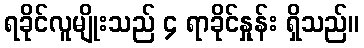
ရခိုင်လူမျိုးသည် ၄ ရာခိုင်နှုန်း ရှိသည်။